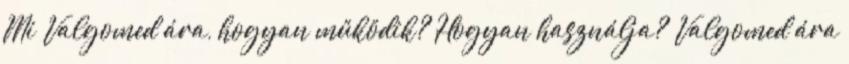
Mi Valgomed ára, hogyan működik? Hogyan használja? Valgomed ára